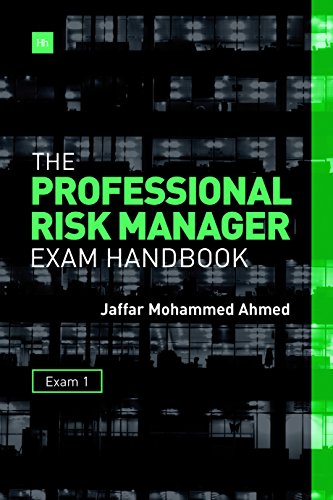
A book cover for The Professional Risk Manager Exam Handbook: Exam 1; Jaffar Mohammed Ahmed; Business & Money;